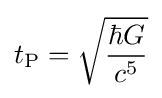
t_{\text{P}}={\sqrt {\frac {\hbar G}{c^{5}}}}